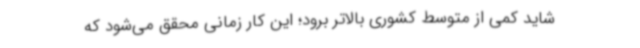
شاید کمی از متوسط کشوری بالاتر برود؛ این کار زمانی محقق می‌شود که